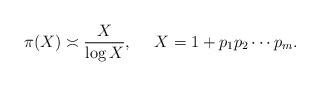
LaTeX: \begin{align*}\pi(X)\asymp\frac{X}{\log X},\quad\ X=1+p_1p_2\cdots p_m.\end{align*}